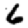
Digit: 6